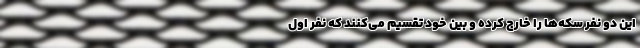
این دو نفر سکه‌ها را خارج کرده و بین خود تقسیم می‌کنند که نفر اول